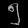
Digit: ၅